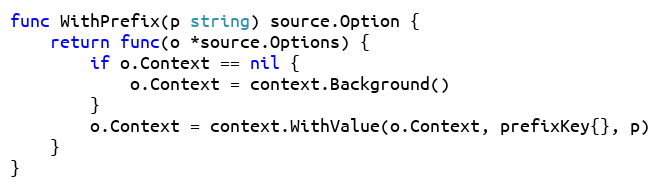
Language: Go
func WithPrefix(p string) source.Option {
	return func(o *source.Options) {
		if o.Context == nil {
			o.Context = context.Background()
		}
		o.Context = context.WithValue(o.Context, prefixKey{}, p)
	}
}